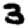
Digit: 3